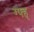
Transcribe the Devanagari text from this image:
ग्फ्ह्